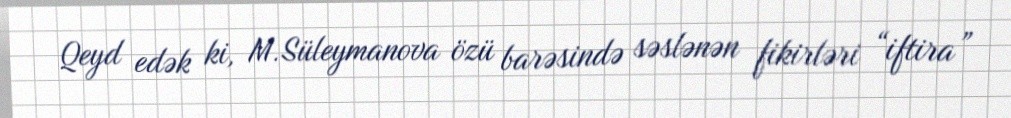
Qeyd edək ki, M.Süleymanova özü barəsində səslənən fikirləri “iftira”